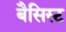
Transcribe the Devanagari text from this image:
बैसिस्ट